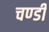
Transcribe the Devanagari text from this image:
चण्‍डी